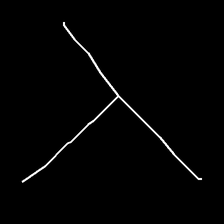
Glyph: column